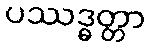
ပဿဒ္ဓတ္တာ